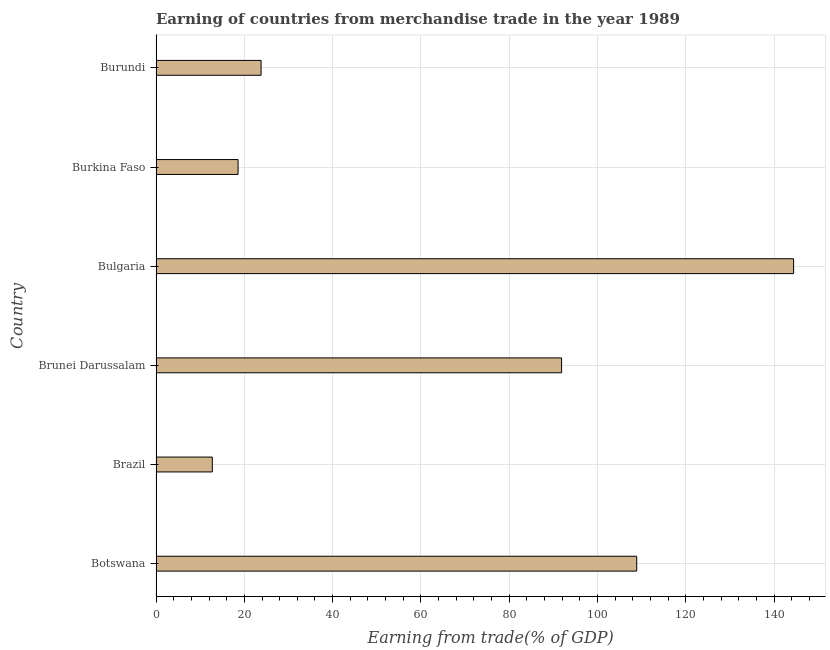
| Country | Merchandise trade |
 | --- | --- |
 | Botswana | 109 |
 | Brazil | 12.7 |
 | Brunei Darussalam | 91.8 |
 | Bulgaria | 144 |
 | Burkina Faso | 18.6 |
 | Burundi | 23.8 |